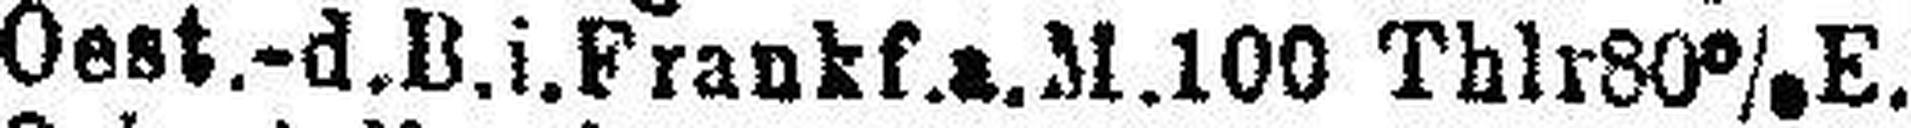
Oest.-d.B.i.Frankf.a.M.100 Thlr 80% E.